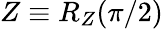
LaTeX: Z\equiv R_{Z}(\pi/2)